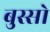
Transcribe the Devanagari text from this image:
बुस्सो